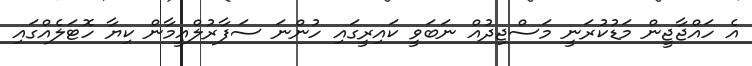
އެ ހައްޖާޖީން މަޑުކުރަނީ މަސްޖިދުއް ނަބަވީ ކައިރީގައި ހުންނަ ސަފާރުލްއީމާން ކިޔާ ހޮޓަލެއްގައި